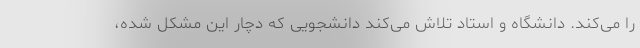
را می‌کند. دانشگاه و استاد تلاش می‌کند دانشجویی که دچار این مشکل شده،